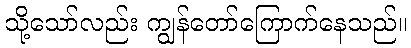
သို့သော်လည်း ကျွန်တော်ကြောက်နေသည်။